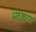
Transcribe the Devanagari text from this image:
भटकाऊ